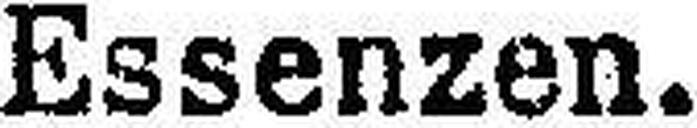
Essenzen.